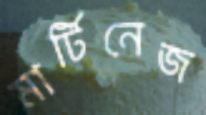
মার্টিনেজ